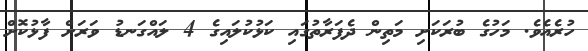
ހުރެއެވެ. މަހުގެ ބުރަކަށި މަތިން ދެފަރާތުގައި ކަޅުކުލައިގެ 4 ލައްގަނޑު ވަރަށް ފާޅުކޮށް